DOW-UAP-D48, Department of the Air Force Report, 1996
Agency: Department of War
Incident date: 9/10/96
Page 95
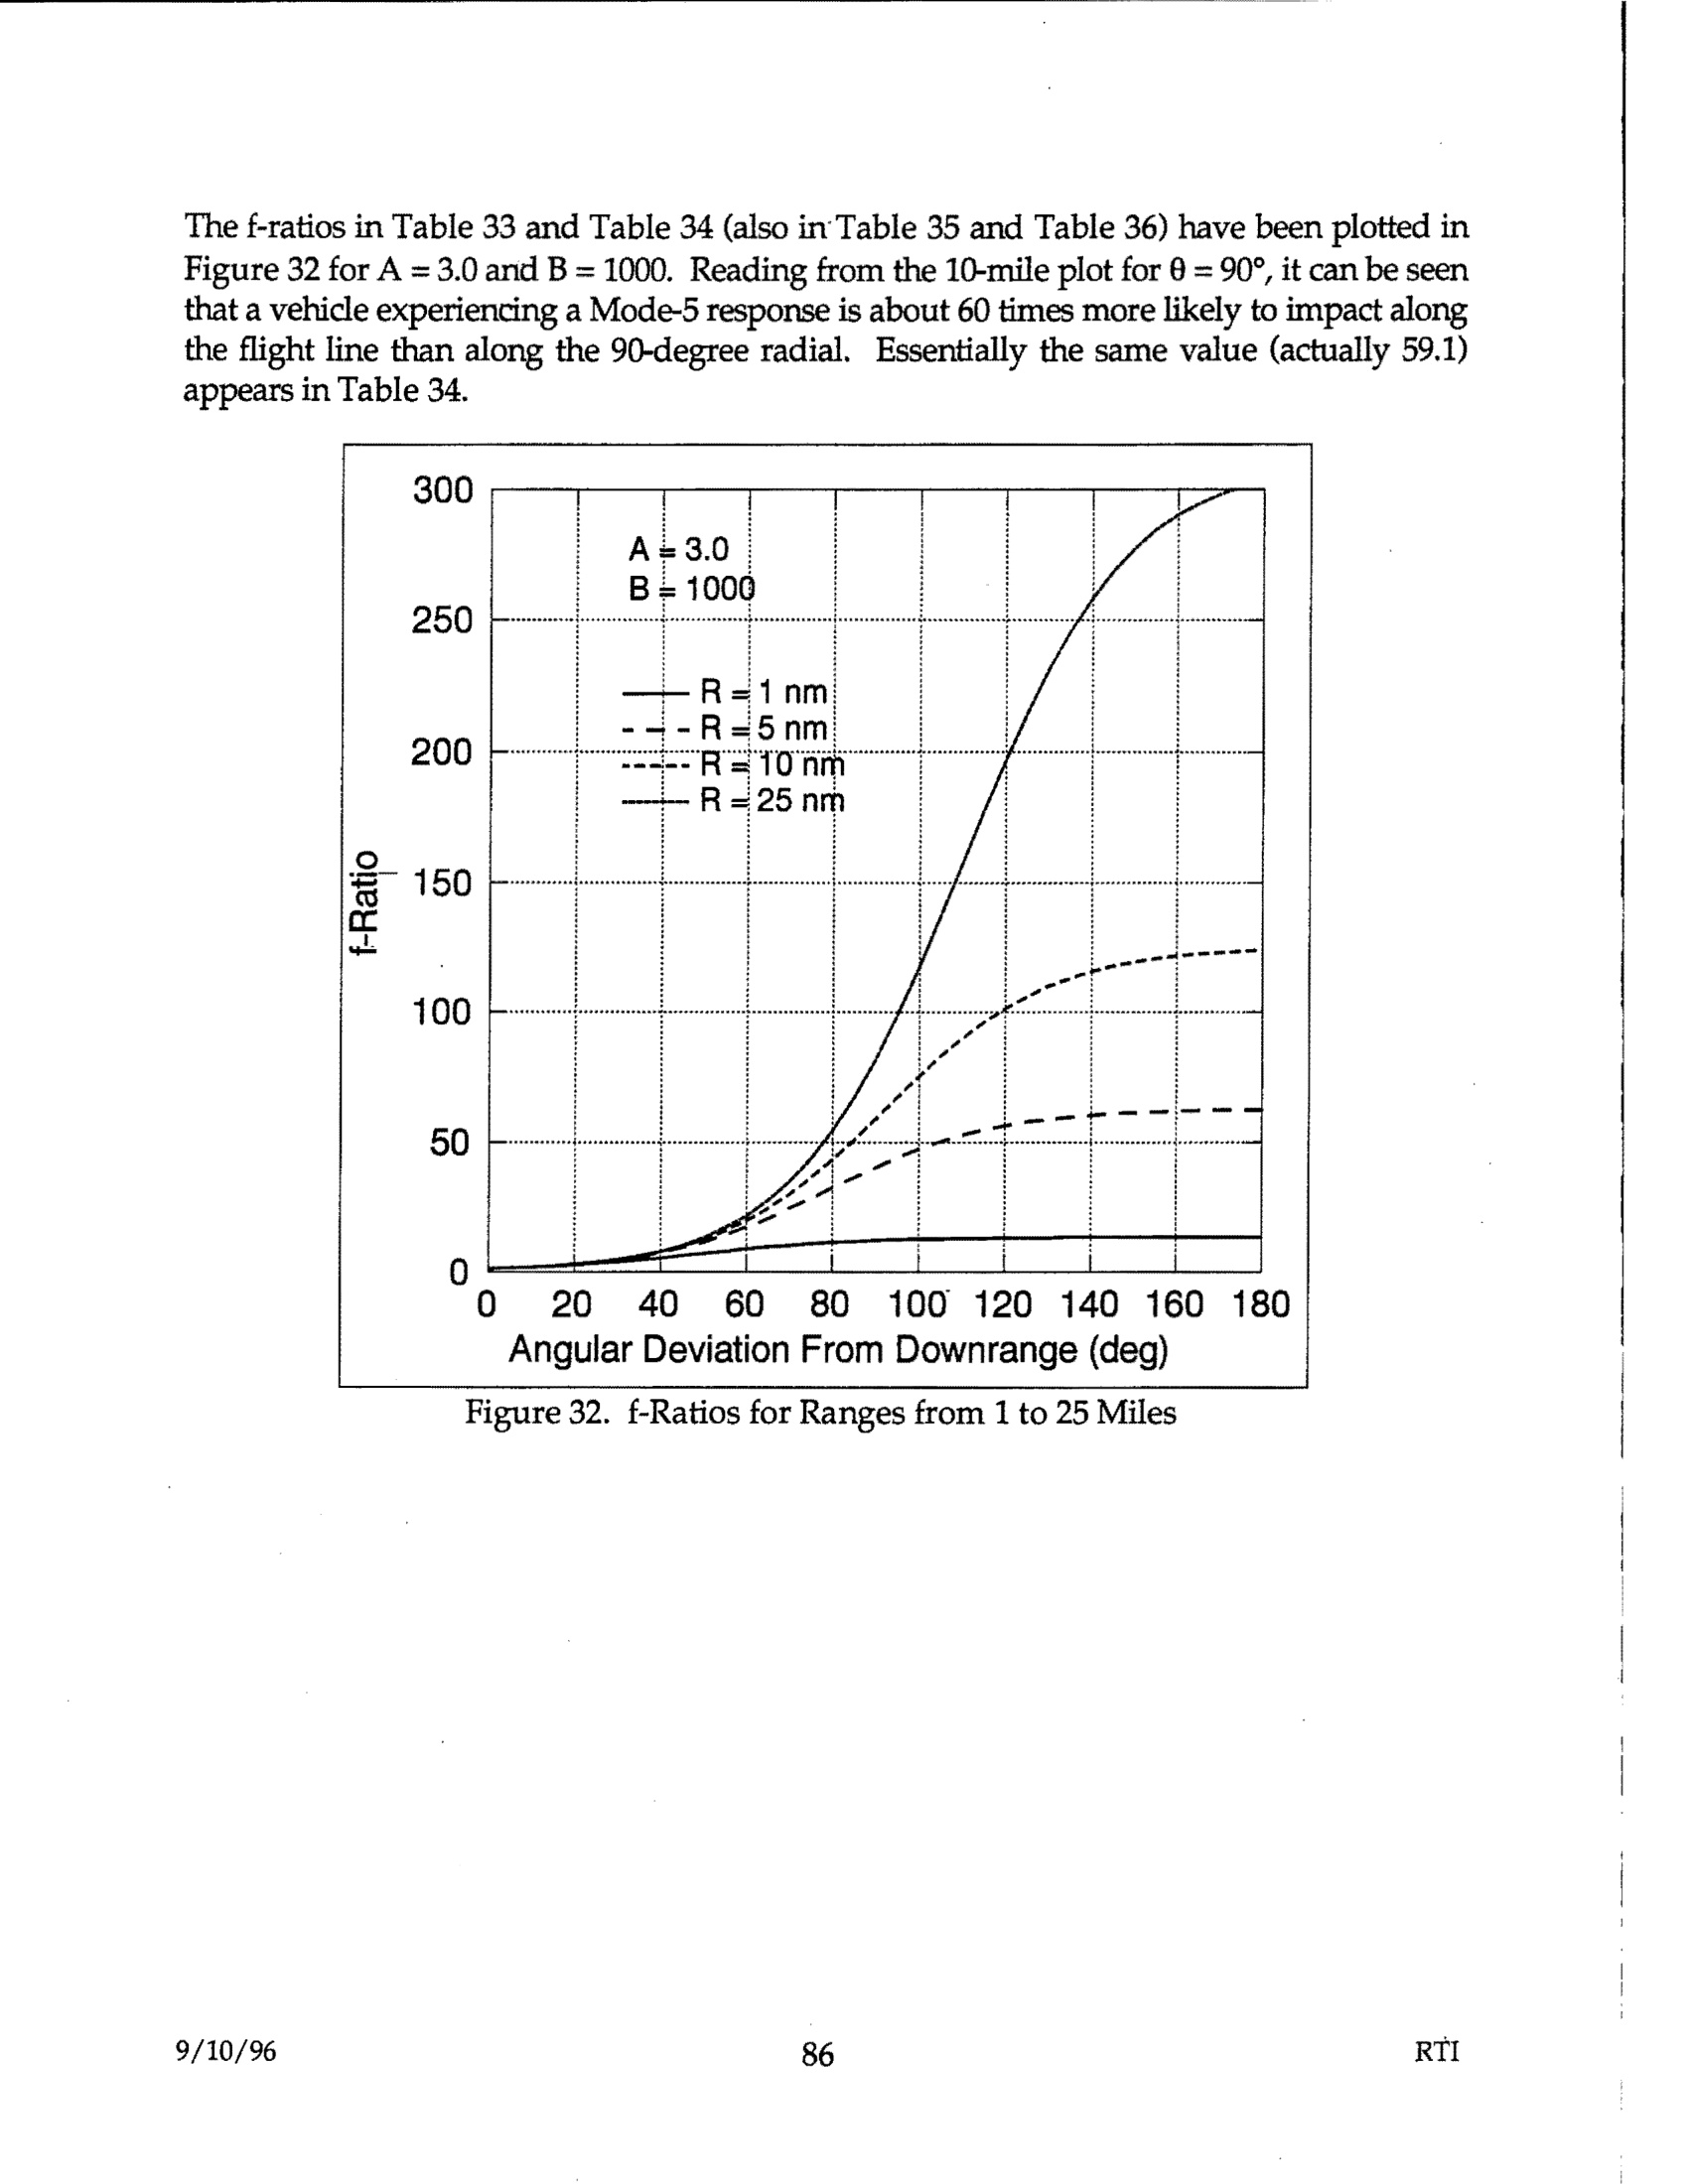